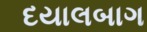
દયાલબાગ